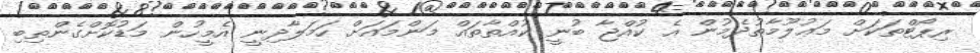
ރިޕޯޓްތަކަށް މަޢުލޫމާތުދެމުން އެ ކުއްޖާ ބުނީ ކުއްތާތައް މަންމައަށް ހަމަލާދިނީ އެމީހުން މަޑުކޮށްގެންތިބި